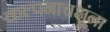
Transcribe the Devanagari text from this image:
कल्पनाचक्षूंना